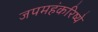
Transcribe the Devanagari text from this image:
जपमहंकरिष्ये